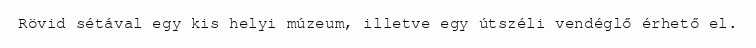
Rövid sétával egy kis helyi múzeum, illetve egy útszéli vendéglő érhető el.